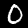
Label: 0